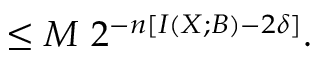
\leq M \ 2 ^ { - n \left[ I \left( X ; B \right) - 2 \delta \right] } .